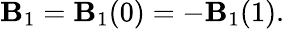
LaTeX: \mathbf{B}_{1}=\mathbf{B}_{1}(0)=-\mathbf{B}_{1}(1).